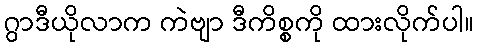
ဂွာဒီယိုလာက ကဲဗျာ ဒီကိစ္စကို ထားလိုက်ပါ။